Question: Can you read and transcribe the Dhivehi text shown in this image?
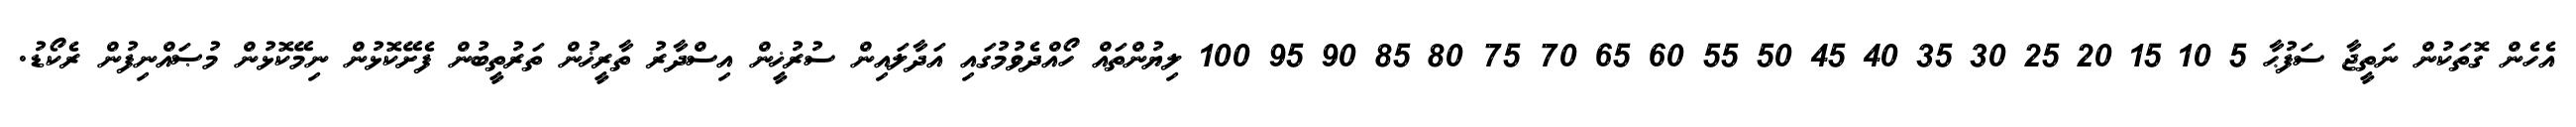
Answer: އެހެން ގޮތަކުން ނަތީޖާ ސަފުޙާ 5 10 15 20 25 30 35 40 45 50 55 60 65 70 75 80 85 90 95 100 ލިޔުންތައް ހޯއްދެވުމުގައި އަދާލައިން ސުރުޚީން އިސްދާރު ތާރީޚުން ތަރުތީބުން ފެށޭކޮޅުން ނިމޭކޮޅުން މުޞައްނިފުން ރެކޯޑު.